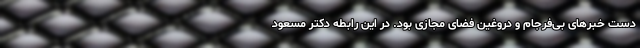
دست خبرهای بی‌فرجام و دروغین فضای مجازی بود. در این رابطه دکتر مسعود